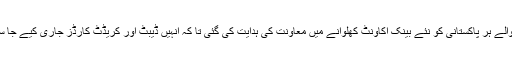
علاوہ ازیں بیورو آف امیگریشن کو باہر جانیوالے ہر پاکستانی کو نئے بینک اکاونٹ کھلوانے میں معاونت کی ہدایت کی گئی تا کہ انہیں ڈیبٹ اور کریڈٹ کارڈز جاری کیے جا سکیں جس میں مختلف مراعات دی جائیں گی۔